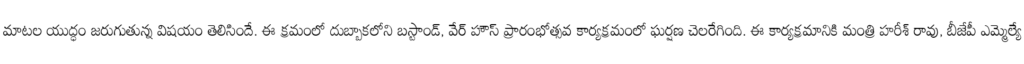
మాటల యుద్ధం జరుగుతున్న విషయం తెలిసిందే. ఈ క్రమంలో దుబ్బాకలోని బస్టాండ్, వేర్ హౌస్ ప్రారంభోత్సవ కార్యక్రమంలో ఘర్షణ చెలరేగింది. ఈ కార్యక్రమానికి మంత్రి హరీశ్ రావు, బీజేపీ ఎమ్మెల్యే